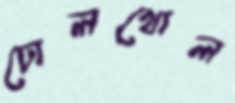
ঢোলখোল